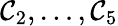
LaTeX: \mathcal{C}_{2},\ldots,\mathcal{C}_{5}